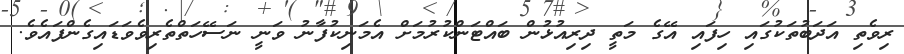
ރިވެތި އަދަބުތަކުގައި ހިފައި އޭގެ މަތީ ދިރިއުޅުން ބައްޓަންކުރުމަށް އެމަނިކުފާނު ވަނީ ނަސޭހަތްތެރިވެވަޑައިގެންފައެވެ.